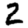
Digit: 2